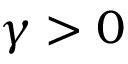
\gamma > 0